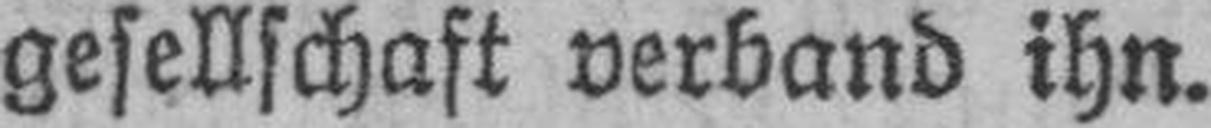
gesellschaft verband ihn.